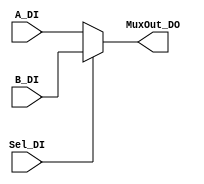
/*
 * Mux2_1.v
 * 2:1 Mux of variable data width
 *
 * Last update: May 5, 2021
 */

module Mux2_1
#(
   parameter DATA_WIDTH = 7   //Number of bits for inputs and outputs
 )
 (   
   input [DATA_WIDTH-1:0] A_DI,    // 1st input
   input [DATA_WIDTH-1:0] B_DI,    // 2nd input
   input                  Sel_DI,  // Select bit  
   
   output [DATA_WIDTH-1:0] MuxOut_DO // Muxed output
 );
 
 assign MuxOut_DO = Sel_DI ? B_DI : A_DI;

endmodule